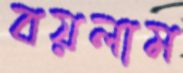
বয়লাম